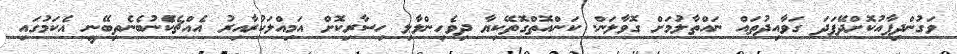
ވަގުންދިފާއުކޮށްދޭފަދަ ގަވާއިދުތައް ނައްތާލުމަށް ގޮވާލަން. ކަންއޮތްގޮތޭކިޔާ ދިވެހިންލާލި ހިސާރިކޮށް އަމިއްލަކުރާއިރު އެއްޗެކެޭނުބެނެތިބޭނީ އެކަމުގައި